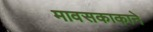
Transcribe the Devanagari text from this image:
मावसकाकाने